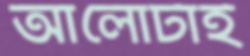
আলোটাই